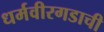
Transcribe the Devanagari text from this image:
धर्मवीरगडाची